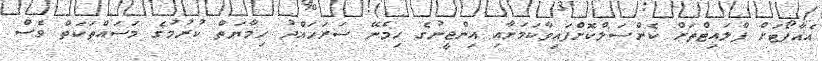
އެއާޕޯޓަށް ފްލައިޓްތަށް ކެންސަލްކޮށްފައިވާކަމަށާއި އިންޖީނުގެ ހިމެނޭ ސަރަހައްދު ހިމާޔަތް ކުރުމުގެ މަސައްތަކަތް ވެސް